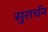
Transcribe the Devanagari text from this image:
सुरार्चन